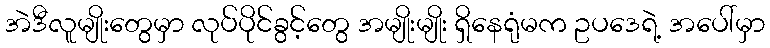
အဲဒီလူမျိုးတွေမှာ လုပ်ပိုင်ခွင့်တွေ အမျိုးမျိုး ရှိနေရုံမက ဥပဒေရဲ့ အပေါ်မှာ